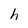
Character: h